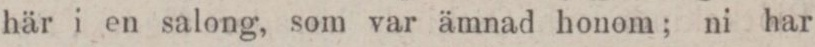
här i en salong, som var ämnad honom; ni har